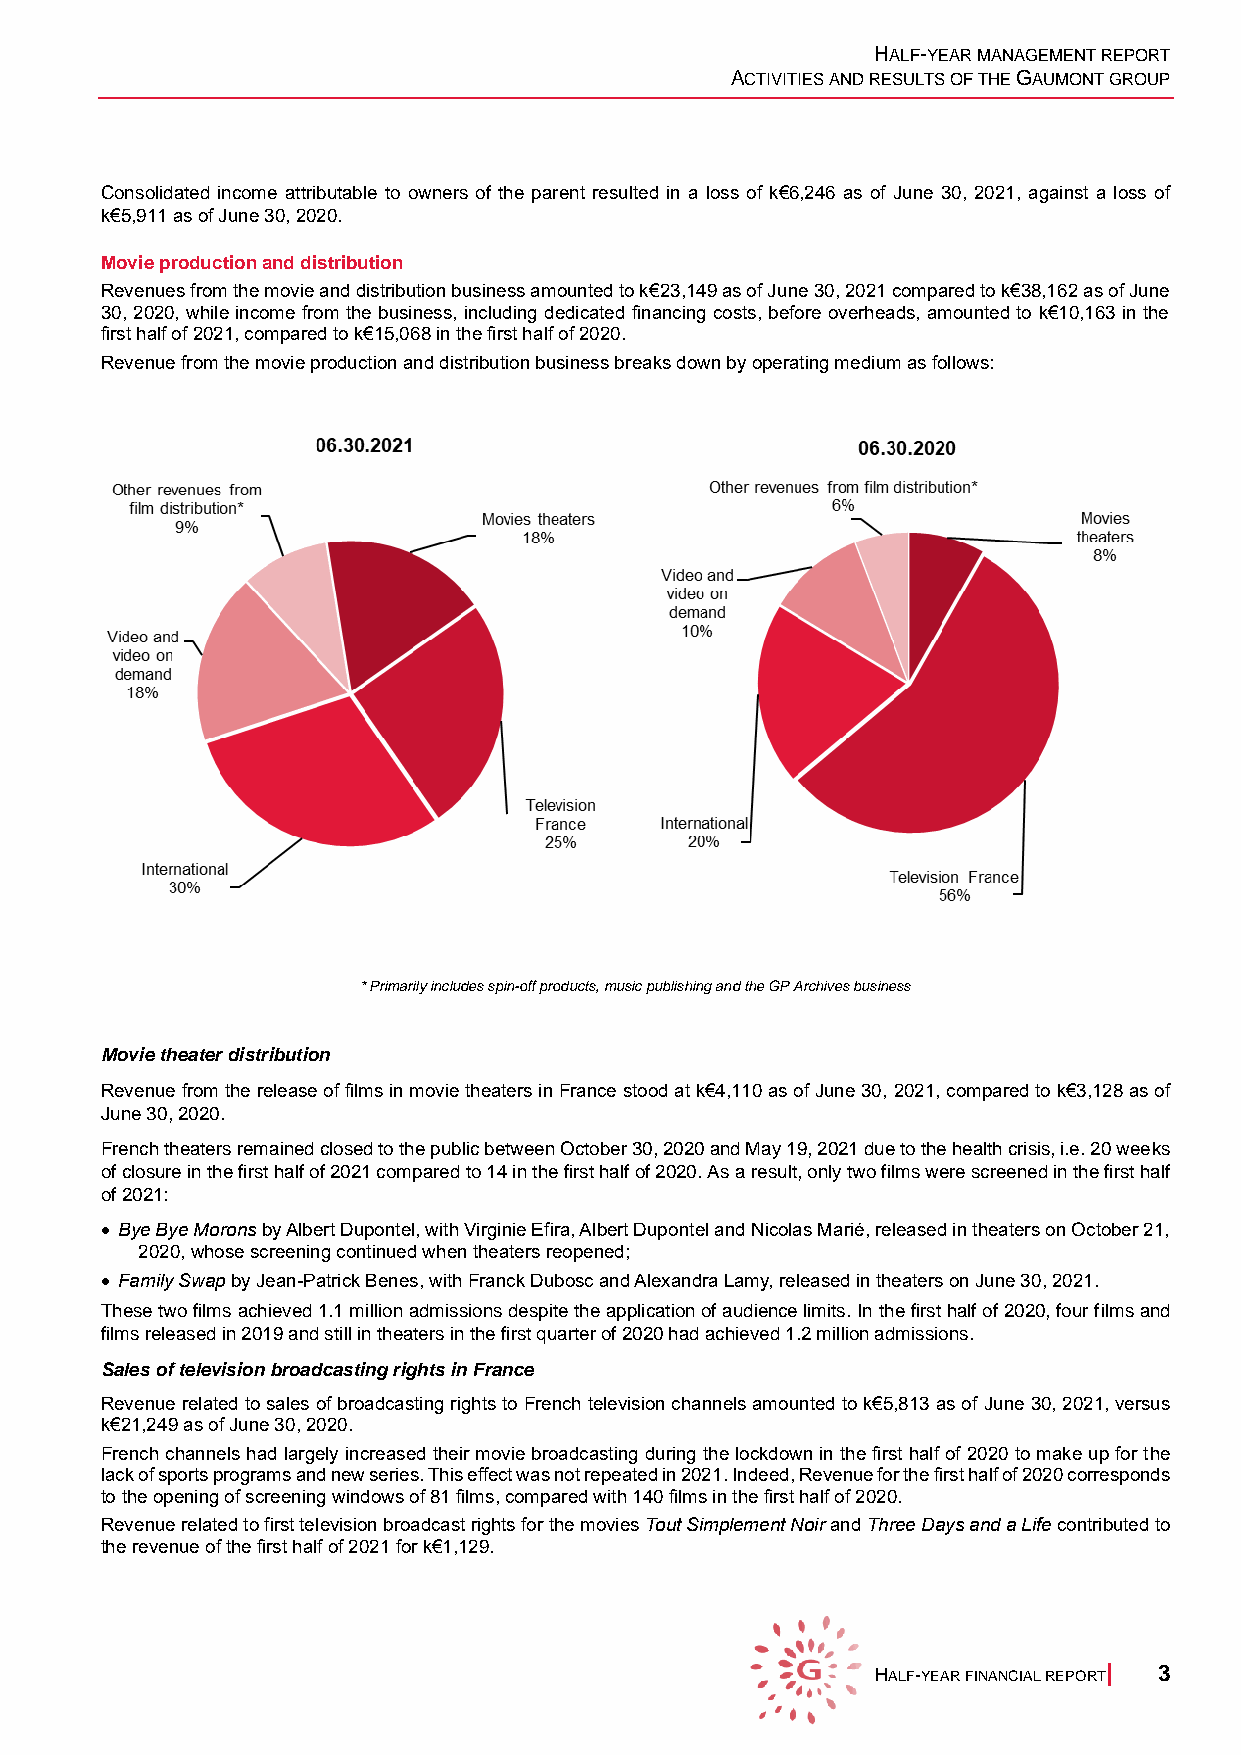
HALF-YEAR MANAGEMENT REPORT
 ACTIVITIES AND RESULTS OF THE GAUMONT GROUP
 Consolidated income attributable to owners of the parent resulted in a loss of k€6,246 as of June 30, 2021, against a loss of
 k€5,911 as of June 30, 2020.
 Movie production and distribution
 Revenues from the movie and distribution business amounted to k€23,149 as of June 30, 2021 compared to k€38,162 as of June
 30, 2020, while income from the business, including dedicated financing costs, before overheads, amounted to k€10,163 in the
 first half of 2021, compared to k€15,068 in the first half of 2020.
 Revenue from the movie production and distribution business breaks down by operating medium as follows:
 * Primarily includes spin-off products, music publishing and the GP Archives business
 Movie theater distribution
 Revenue from the release of films in movie theaters in France stood at k€4,110 as of June 30, 2021, compared to k€3,128 as of
 June 30, 2020.
 French theaters remained closed to the public between October 30, 2020 and May 19, 2021 due to the health crisis, i.e. 20 weeks
 of closure in the first half of 2021 compared to 14 in the first half of 2020. As a result, only two films were screened in the first half
 of 2021:
 • Bye Bye Morons by Albert Dupontel, with Virginie Efira, Albert Dupontel and Nicolas Marié, released in theaters on October 21,
 2020, whose screening continued when theaters reopened;
 • Family Swap by Jean-Patrick Benes, with Franck Dubosc and Alexandra Lamy, released in theaters on June 30, 2021.
 These two films achieved 1.1 million admissions despite the application of audience limits. In the first half of 2020, four films and
 films released in 2019 and still in theaters in the first quarter of 2020 had achieved 1.2 million admissions.
 Sales of television broadcasting rights in France
 Revenue related to sales of broadcasting rights to French television channels amounted to k€5,813 as of June 30, 2021, versus
 k€21,249 as of June 30, 2020.
 French channels had largely increased their movie broadcasting during the lockdown in the first half of 2020 to make up for the
 lack of sports programs and new series. This effect was not repeated in 2021. Indeed, Revenue for the first half of 2020 corresponds
 to the opening of screening windows of 81 films, compared with 140 films in the first half of 2020.
 Revenue related to first television broadcast rights for the movies Tout Simplement Noir and Three Days and a Life contributed to
 the revenue of the first half of 2021 for k€1,129.
 HALF-YEAR FINANCIAL REPORT| 3